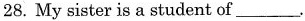
28. My sister is a student of___.